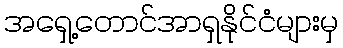
အရှေ့တောင်အာရှနိုင်ငံများမှ